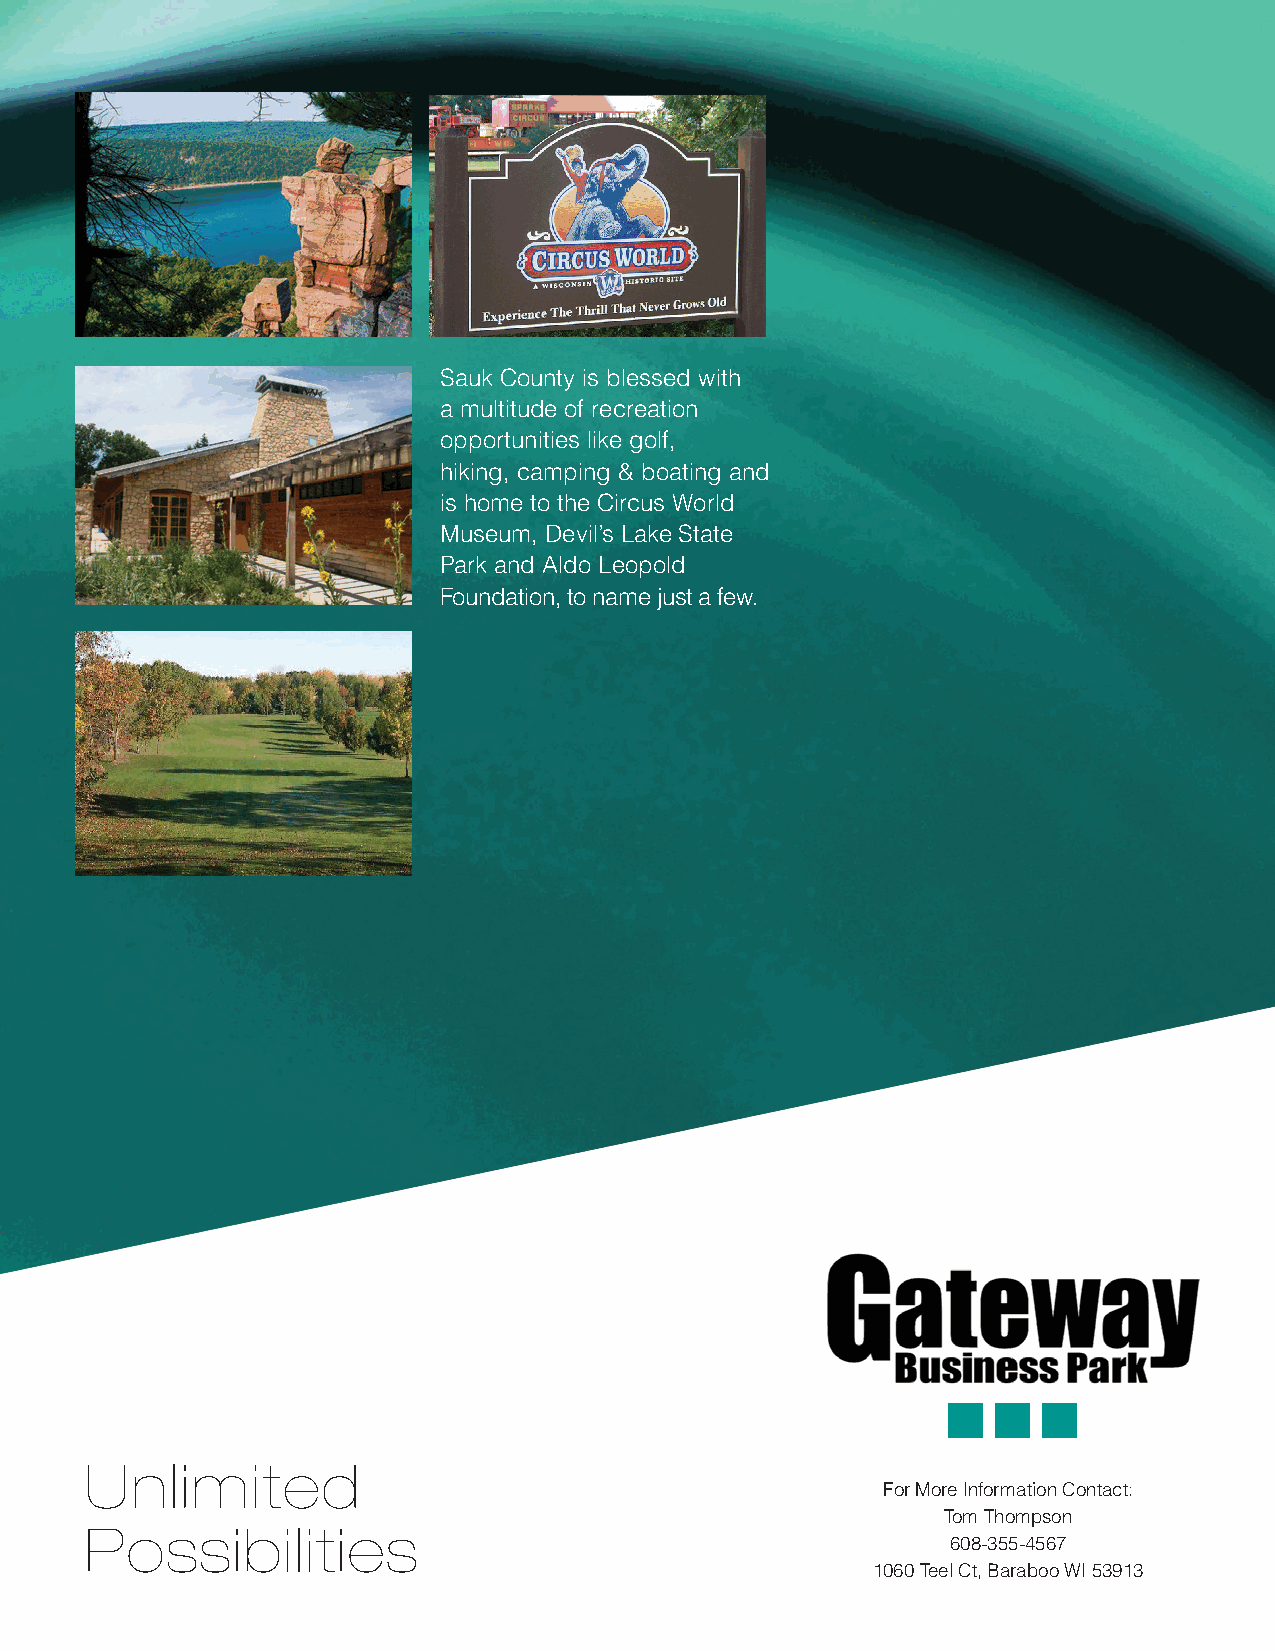
Sauk County is blessed with
 a multitude of recreation
 opportunities like golf,
 hiking, camping & boating and
 is home to the Circus World
 Museum, Devil’s Lake State
 Park and Aldo Leopold
 Foundation, to name just a few.
 Unlimited
 For More Information Contact:
 Tom Thompson
 Possibilities
 608-355-4567
 1060 Teel Ct, Baraboo WI 53913